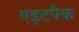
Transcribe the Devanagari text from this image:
एइटपैक